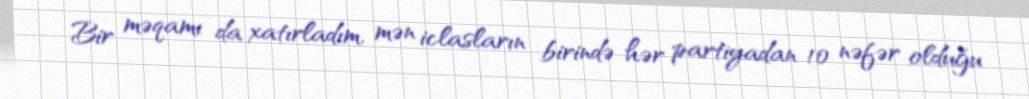
Bir məqamı da xatırladım, mən iclasların birində hər partiyadan 10 nəfər olduğu